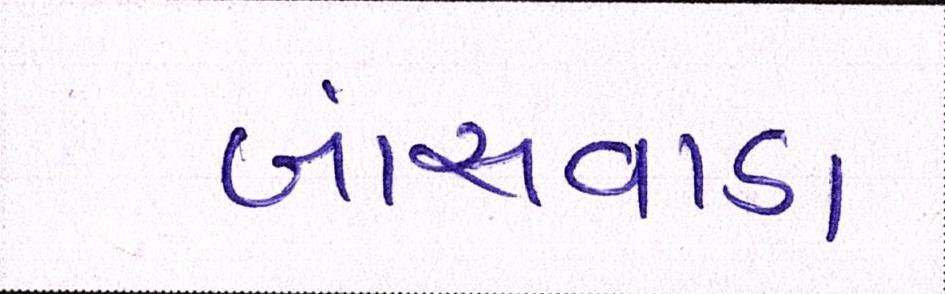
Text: બાંસવાડા